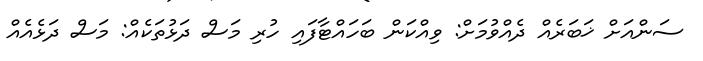
ސަންއަށް ޚަބަރެއް ދެއްވުމަށް: ވިއްކަން ބަހައްޓާފައި ހުރި މަސް ދަޅުތަކެއް: މަސް ދަޅެއެއް